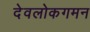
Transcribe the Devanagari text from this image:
देवलोकगमन